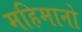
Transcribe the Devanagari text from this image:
महिमानो